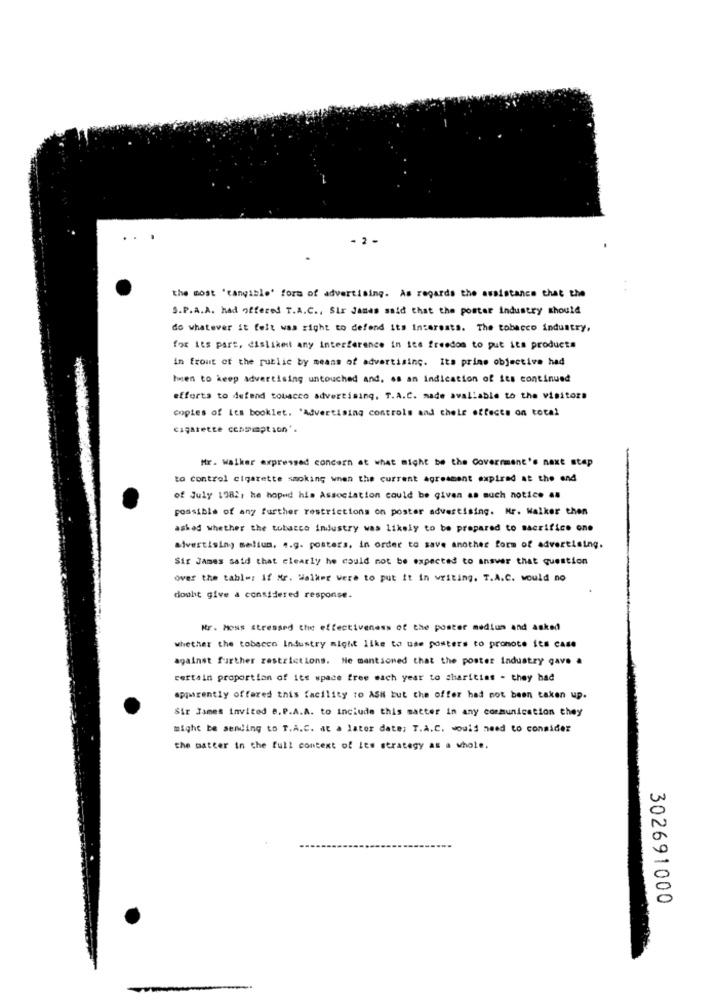
the most 'tangible' form of advertising. As regards the assistance that the
S.P.A.A. had offered T.A.C ., Sir James said that the poster industry should
do whatever it felt was right to defend its Interests. The tobacco industry,
for its part, disliked any interference in its freedom to put its products
in front of the public by means of advertising. Its prins objective had
Iwien to keep advertising untouched and. es an indication of its continued
efforts to defend tobacco advertising. T.A.C. made available to the visitors
copies of Les booklet. 'Advertising controls and chele effects on total
cigarette cenmiaption".
Mr. Walker expressed concern at what might be the Government's next step
to control cigarette smoking when the current Agreement expired at the end
of July 1982, he hoped his Association could be given as much notice as
possible of any further restrictions on poster advertising. Nr. Walker then
asked whether the tobacco industry was likely to be prepared to sacrifice one
alvertising meliun. 4.g. posters, in order to save another form of advertising.
Sir James said that clearly he could not be expected to ansvar that question
over the table: if Mr. Walker were to put it in writing. T.A.C. would no
doubt give a considered response.
Mr. Moss stressed the effectiveness of the poster mediun and asked
whether the tobacco Industry might like to use posters to promote its case
against further restrictions. He mentioned that the poster industry gave a
certain proportion of its space free each year to charities - they had
apparently offered this facility to ASK but the offer had not been taken up.
Sir James invited B. P.A.A. to include this matter in any communication they
might be sending to T.A.C. at a later date; T.A.C. would need to consider
the matter in the full context of Its strategy as a whole.
302691000